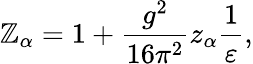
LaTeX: \mathbb{Z}_{\alpha}=1+\frac{{g^{2}}}{{16\pi^{2}}}z_{\alpha}\frac{{1}}{{\varepsilon}},